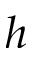
h